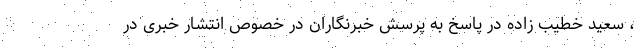
، سعید خطیب زاده در پاسخ به پرسش خبرنگاران در خصوص انتشار خبری در